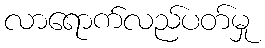
လာရောက်လည်ပတ်မှု